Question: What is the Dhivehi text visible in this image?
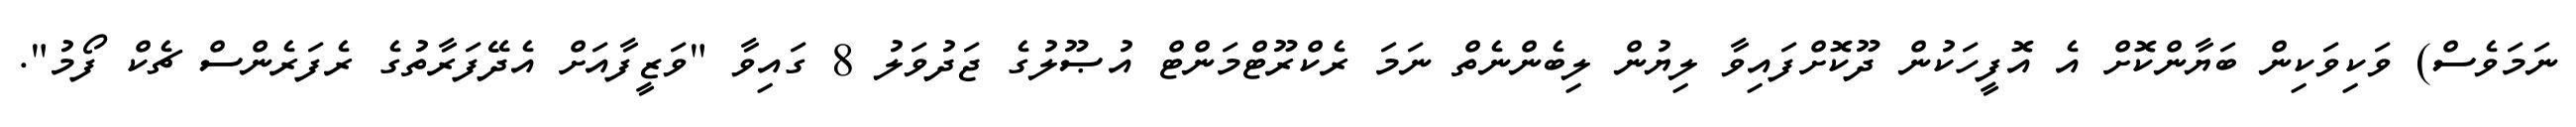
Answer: ނަމަވެސް) ވަކިވަކިން ބަޔާންކޮށް އެ އޮފީހަކުން ދޫކޮށްފައިވާ ލިޔުން ލިބެންނެތް ނަމަ ރެކްރޫޓްމަންޓް އުޞޫލުގެ ޖަދުވަލު 8 ގައިވާ "ވަޒީފާއަށް އެދޭފަރާތުގެ ރެފަރެންސް ޗެކް ފޯމު".